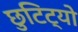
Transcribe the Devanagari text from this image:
छुटिट्यो